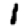
Digit: 1